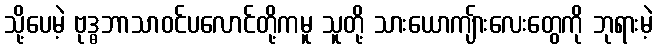
သို့ပေမဲ့ ဗုဒ္ဓဘာသာဝင်ပလောင်တို့ကမူ သူတို့ သားယောကျ်ားလေးတွေကို ဘုရားမဲ့